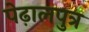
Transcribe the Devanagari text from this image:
पेढ़ालपुत्र